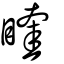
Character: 睳